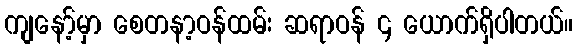
ကျနော့်မှာ စေတနာ့ဝန်ထမ်း ဆရာဝန် ၄ ယောက်ရှိပါတယ်။